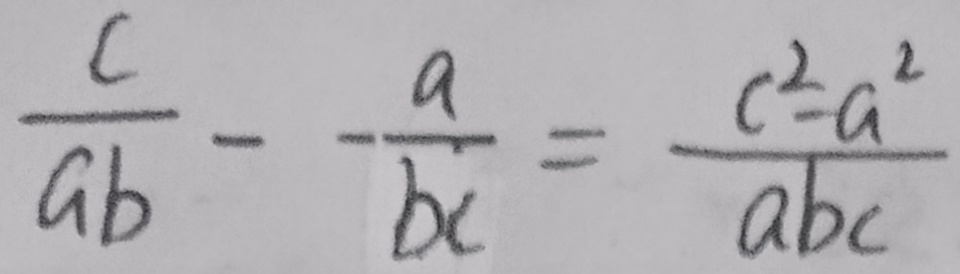
\frac { c } { a b } - \frac { a } { b c } = \frac { c ^ { 2 } - a ^ { 2 } } { a b c }